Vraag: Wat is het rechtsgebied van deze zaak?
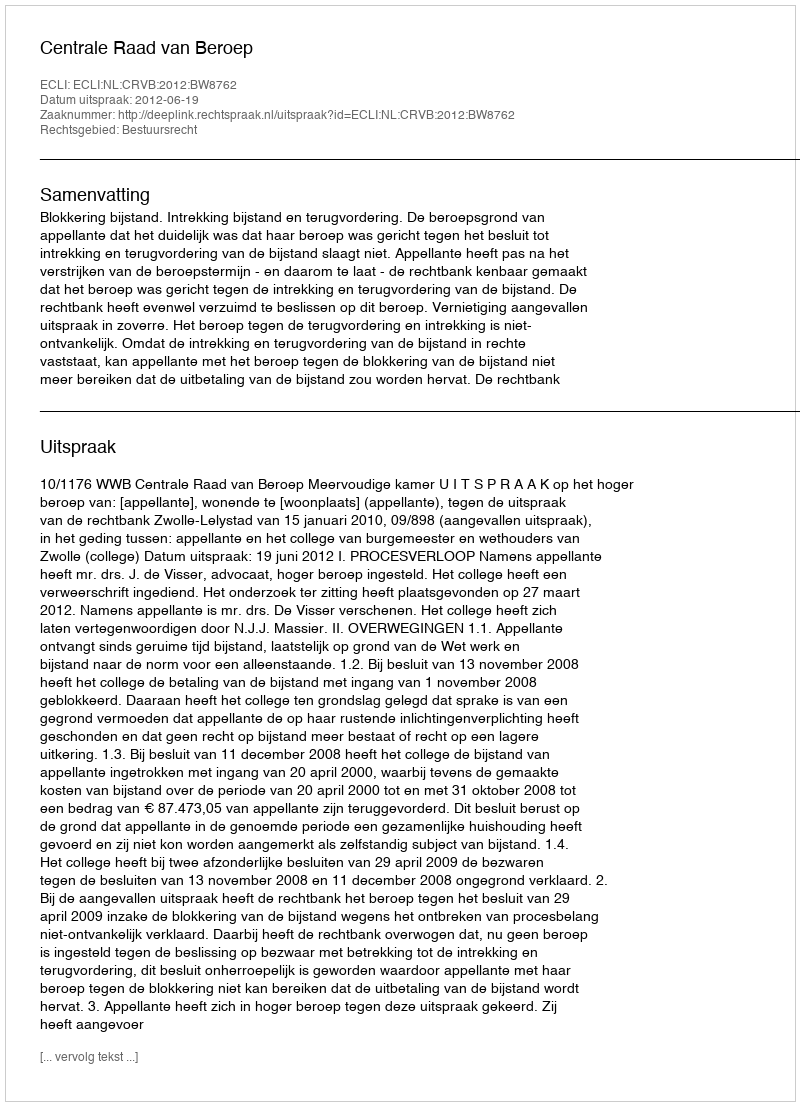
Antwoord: Bestuursrecht